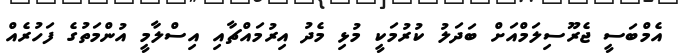
އެމްބަސީ ޖެރޫސިލަމްއަށް ބަދަލު ކުރުމަކީ މުޅި މެދު އިރުމައްޗާއި އިސްލާމީ އުންމަތުގެ ފަހުރެއް